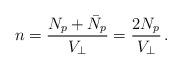
LaTeX: \begin{align*}n = {N_p + \bar N_p \over V_\perp } = {2 N_p \over V_\perp} \,.\end{align*}